Memorandum on the prevention of leprosy by segregation of the affected
Disease focus: Leprosy
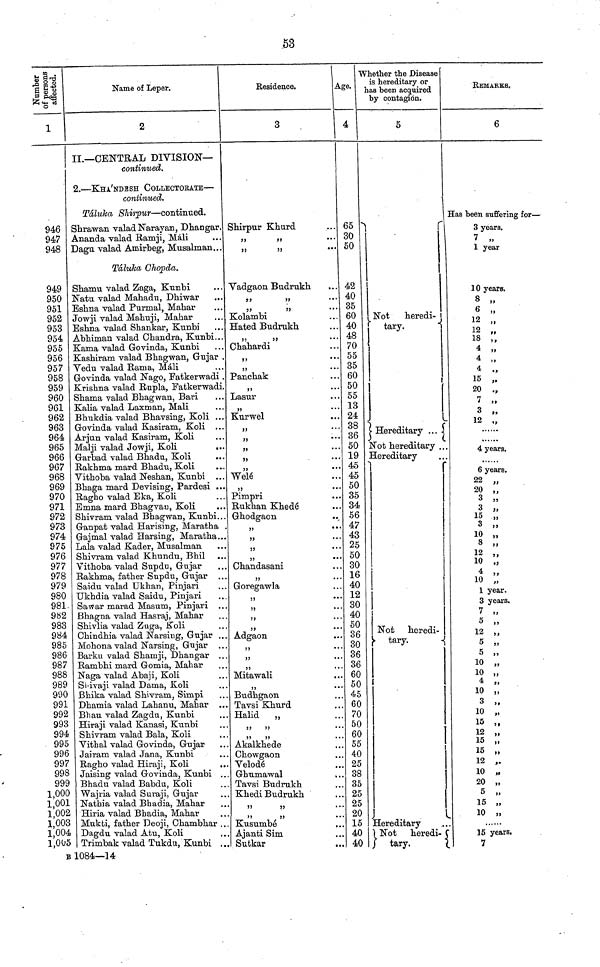
.53
Number of
persons
affgected.
1
946
947
948
949
950
951
952
953
954
955
956
957
958
959
960
961
962
963
964
965
966
967
968
969
970
971
972
973
974
975
976
977
978
979
980
981
982
983
984
985
986
987
988
989
990
991
992
993
994
995
996
997
998
999
1,000
1,001
1,002
1,003
1,004
1,005
Name of Leper.
2
II.— CENTRAL DIVISION—
continued.
2. — KHA'NDESH COLLECTORATE —
continued.
Táluka Shirpur — continued.
Shrawan valad Narayan, Dhangar.
Ananda valad Ramji, Mali
Dagu valad Amirbeg, Musalman...
Táluka Chopda.
Shamu valad Zaga, Kunbi
Natu valad Mahadu, Dhiwar
Eshna valad Purmal, Mahar
Jowji valad Mahuji, Mahar
Eshna valad Shankar, Kunbi
Abhiman valad Chandra, Kunbi..
Kama valad Govinda, Kunbi
Kashiram valad Bhagwan, Gujar
Vedu valad Rama, Mali
Govinda valad Nago, Fatkerwadi
Krishna valad Rupla, Fatkerwadi
Shama valad Bhagwan, Bari
Kalia valad Laxman, Mali
Bhukdia valad Bhavsing, Koli . .
Govinda valad Kasiram, Koli ..
Arjun valad Kasiram, Koli
Malji valad Jowji, Koli
Garbad valad Bhadu, Koli
Rakhma mard Bhadu, Koli
Vithoba valad Neshan, Kunbi
Bhaga mard Devising, Pardesi ..
Ragho valad Eka, Koli
Emna mard Bhagvan, Koli
Shivram valad Bhagwan, Kunbi..
Ganpat valad Harising, Maratha
Gajmal valad Harsing, Maratha..
Lala valad Kader, Musalman
Shivram valad Khundu, Bhil
Vithoba valad Supdu, Gujar
Rakhma, father Supdu, Gujar ..
Saidu valad Ukhan, Pinjari
Ukhdia valad Saidu, Pinjari
Sawar marad Masum, Pinjari ..
Bhagna valad Hasraj, Mahar
Shivlia valad Zuga, Koli
Chindhia valad Narsing, Gujar . .
Mohona valad Narsing, Gujar
Barku valad Shamji, Dhangar ..
Rambhi mard Gomia, Mahar
Naga valad Abaji, Koli
Shivaji valad Dama, Koli
Bhika valad Shivram, Simpi
Dhamia valad Lahanu, Mahar ..
Bhau valad Zagdu, Kunbi
Hiraji valad Kanasi, Kunbi
Shivram valad Bala, Koli
, .
Vithal valad Govinda, Gujar
Jairam valad Jana, Kunbi
Ragho valad Hiraji, Koli
..
Jaising valad Govinda, Kunbi ..
Bhadu valad Babdu, Koli
Wajria valad Suraji, Gujar
Nathia valad Bhadia, Mahar
Hiria valad Bhadia, Mahar
Mukti, father Deoji, Chambhar ..
Dagdu valad Atu, Koli
Trimbak valad Tukdu, Kunbi . .
Residence.
3
Shirpur Khurd
,,
,,
,,
,,
Vadgaon Budrukh
,,
,,
,,
95
Kolambi
Hated Budrukh
99
,,
Chahardi
99
,,
Panchak
99
Lasur
99
Kurwel
9
>
Welé
Pimpri
Rukhan Khedé
Ghodgaon
,,
Chandasani
Goregawla
,,
99
,,
,,
Adgaon
,,
,,
11
Mitawali
3 )
Budhgaon
Tavsi Khurd
Halid „
,,
,,
,,
,,
,,
,,
Akalkhede
Chowgaon
Velodé
Ghumawal
Tavsi Budrukh
Khedi Budrukh
93
..
, ,
55
Kusumbé
Ajanti Sim
Sutkar
Age.
4
65
30
50
42
40
35
60
40
48
70
55
35
60
50
55
13
24
38
36
50
19
45
45
50
35
34
56
47
43
25
50
30
16
40
12
30
40
50
36
30
36
36
60
50
45
60
70
50
60
55
40
25
38
35
25
25
20
15
40
40
Whether the Disease
is hereditary or
has been acquired
by contagion.
5
Not heredi-
tary.
Hereditary ...
Not hereditary ..
Hereditary
Not heredi-
tary.
1
Hereditary
Not heredi-
tary.
REMARKS.
6
Has been suffering for —
3 years.
7 „
1 year
10 years.
8
6 ,,
12
12
18 ,,
4
4
.
15
20 7
12 „
4 years.
6 years.
22 „
40 ,,
3 „
3 ,
15 „
3 „
10 „
8 „
12 „
10 „
4 „
18
10 „
1 year.
3 years.
7 „
5 „
12 „
5 „
5 „
10 „
10 „
4 „
10 „
3 „
10 „
15 ,,
12 „
15 „
15 „
12 ,.
10 ,
20 ,
5 ,
15 ,
10
15 years,
7
B 1084—14